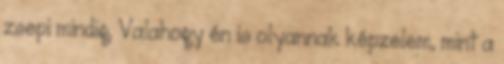
zsepi mindig. Valahogy én is olyannak képzelem, mint a